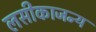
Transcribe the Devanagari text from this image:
लसीकाजन्य